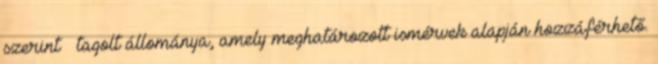
szerint – tagolt állománya, amely meghatározott ismérvek alapján hozzáférhető.